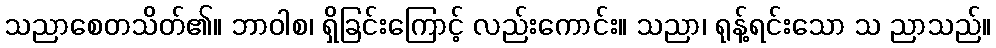
သညာစေတသိတ်၏။ ဘာဝါစ၊ ရှိခြင်းကြောင့် လည်းကောင်း။ သညာ၊ ရုန့်ရင်းသော သ ညာသည်။